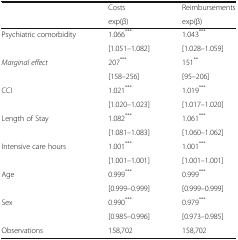
|  | Costs | Reimbursements |
 |  | exp(β) | exp(β) |
 | --- | --- | --- |
 | Psychiatric comorbidity | 1.066*** | 1.043*** |
 |  | [1.051–1.082] | [1.028–1.059] |
 | Marginal effect | 207*** | 151** |
 |  | [158–256] | [95–206] |
 | CCI | 1.021*** | 1.019*** |
 |  | [1.020–1.023] | [1.017–1.020] |
 | Length of Stay | 1.082*** | 1.061*** |
 |  | [1.081–1.083] | [1.060–1.062] |
 | Intensive care hours | 1.001*** | 1.001*** |
 |  | [1.001–1.001] | [1.001–1.001] |
 | Age | 0.999*** | 0.999*** |
 |  | [0.999–0.999] | [0.999–0.999] |
 | Sex | 0.990*** | 0.979*** |
 |  | [0.985–0.996] | [0.973–0.985] |
 | Observations | 158,702 | 158,702 |